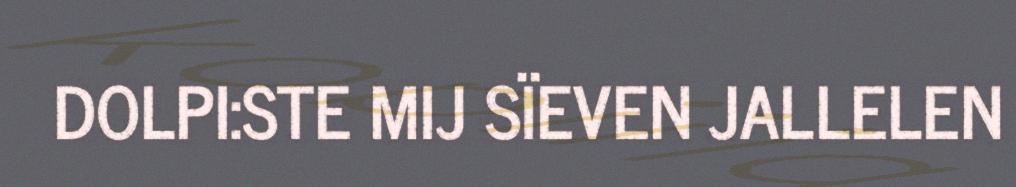
DOLPI:STE MIJ SÏEVEN JALLELEN